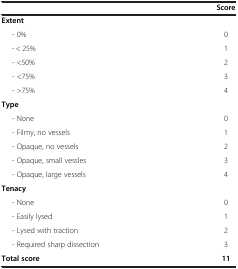
<table><thead><tr><td><b> </b></td><td><b>Score</b></td></tr></thead><tbody><tr><td><b>Extent</b></td><td> </td></tr><tr><td>- 0%</td><td>0</td></tr><tr><td>- &lt; 25%</td><td>1</td></tr><tr><td>- &lt;50%</td><td>2</td></tr><tr><td>- &lt;75%</td><td>3</td></tr><tr><td>- &gt;75%</td><td>4</td></tr><tr><td><b>Type</b></td><td> </td></tr><tr><td>- None</td><td>0</td></tr><tr><td>- Filmy, no vessels</td><td>1</td></tr><tr><td>- Opaque, no vessels</td><td>2</td></tr><tr><td>- Opaque, small vessles</td><td>3</td></tr><tr><td>- Opaque, large vessels</td><td>4</td></tr><tr><td><b>Tenacy</b></td><td> </td></tr><tr><td>- None</td><td>0</td></tr><tr><td>- Easily lysed</td><td>1</td></tr><tr><td>- Lysed with traction</td><td>2</td></tr><tr><td>- Required sharp dissection</td><td>3</td></tr><tr><td><b>Total score</b></td><td><b>11</b></td></tr></tbody></table>